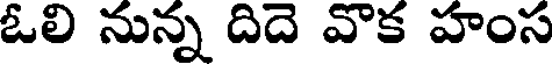
ఓలి నున్న దిదె వొక హంస